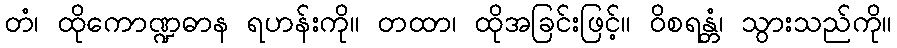
တံ၊ ထိုကောဏ္ဍဓာန ရဟန်းကို။ တထာ၊ ထိုအခြင်းဖြင့်။ ဝိစရန္တံ၊ သွားသည်ကို။